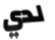
لدي